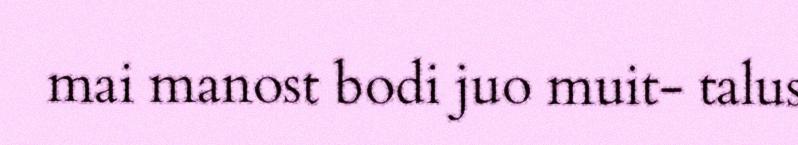
mai manost bodi juo muit- talus